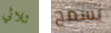
ثلاثي يسمح